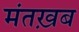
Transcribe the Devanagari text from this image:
मंतख़ब